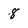
Character: 8